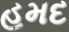
હમદ